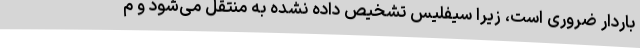
باردار ضروری است، زیرا سیفلیس تشخیص داده نشده به منتقل می‌شود و م